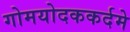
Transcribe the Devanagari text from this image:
गोमयोदककर्दमे